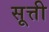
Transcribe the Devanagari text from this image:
सूत्ती